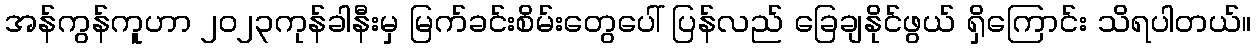
အန်ကွန်ကူဟာ ၂၀၂၃ကုန်ခါနီးမှ မြက်ခင်းစိမ်းတွေပေါ် ပြန်လည် ခြေချနိုင်ဖွယ် ရှိကြောင်း သိရပါတယ်။